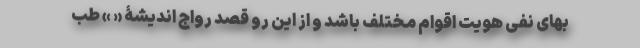
بهای نفی هویت اقوام مختلف باشد و از این رو قصد رواج اندیشۀ « » طب